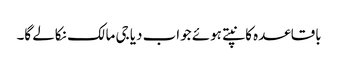
باقاعدہ کانپتے ہوئے جواب دیا جی مالک نکالے گا۔